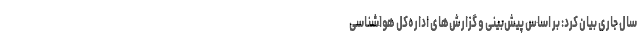
سال جاری بیان کرد: بر اساس پیش‌بینی و گزارش‌های اداره‌کل هواشناسی